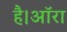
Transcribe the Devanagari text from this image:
है।ऑरा